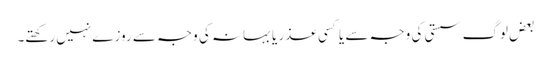
بعض لوگ سستی کی وجہ سے یا کسی عذر یا بہانہ کی وجہ سے روزے نہیں رکھتے۔